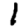
Digit: 1